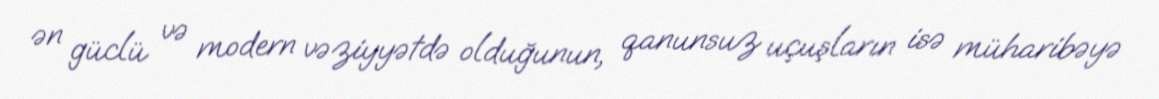
ən güclü və modern vəziyyətdə olduğunun, qanunsuz uçuşların isə müharibəyə